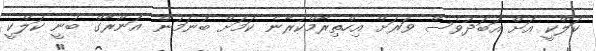
ކަލްކީ އަށް އަބަދުވެސް ވަރަށް އިހްތިރާމްކުރާނެ ކަމަށް ބުނަމުން އަނޫރާގް ބުނީ ކަލްކީ